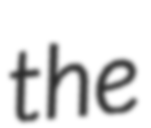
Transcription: the